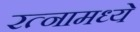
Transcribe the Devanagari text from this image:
रत्‍नामध्ये